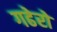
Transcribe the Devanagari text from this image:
गढेरो